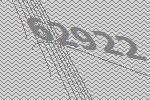
62922